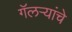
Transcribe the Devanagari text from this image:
गॅलऱ्यांचे